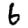
Digit: 6